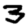
Digit: 3